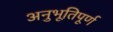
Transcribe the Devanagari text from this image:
अनुभूतिपूर्ण